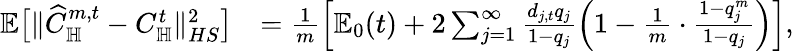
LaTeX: \begin{array}{rl}{\mathbb E\big[\| \widehat C_{\mathbb H}^{m,t}-C_{\mathbb H}^{t}\| _{HS}^{2}\big]}&{=\frac 1m\left[\mathbb E_{0}(t)+2\sum_{j=1}^{\infty}\frac{d_{j,t}q_{j}}{1-q_{j}}\left(1-\frac{1}m\cdot\frac{1-q_{j}^{m}}{1-q_{j}}\right)\right],}\end{array}